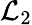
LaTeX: {\cal L}_{2}